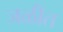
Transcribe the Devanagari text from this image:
जळीत